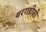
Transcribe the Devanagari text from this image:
बरगडीशी